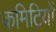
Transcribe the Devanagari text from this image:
कमिटियों